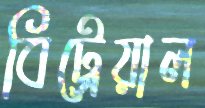
বিট্রেয়াল